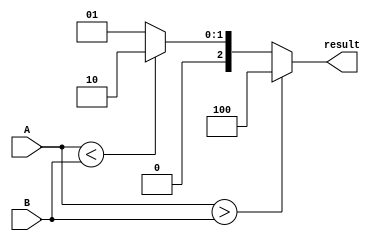
module parameterized_comparator #(
    parameter N = 8  // Default parameter for bit width
)(
    input  wire [N-1:0] A,  // Input A
    input  wire [N-1:0] B,  // Input B
    output reg  [2:0] result // Output result: {A > B, A < B, A == B}
);

// Always block to compare A and B
always @ (A or B) begin
    if (A > B) begin
        result = 3'b100; // A > B
    end else if (A < B) begin
        result = 3'b010; // A < B
    end else begin
        result = 3'b001; // A == B
    end
end

endmodule